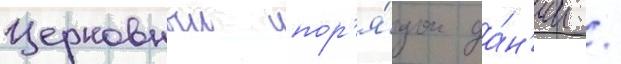
Церковныи пор'я́док да́н'ии /